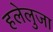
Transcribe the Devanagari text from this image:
हलेलुजा